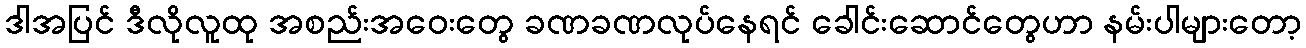
ဒါအပြင် ဒီလိုလူထု အစည်းအဝေးတွေ ခဏခဏလုပ်နေရင် ခေါင်းဆောင်တွေဟာ နမ်းပါများတော့